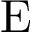
\textrm { E }